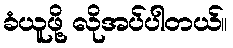
ခံယူဖို့ လိုအပ်ပါတယ်။